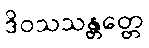
ဒိဝသသန္တတ္တေ